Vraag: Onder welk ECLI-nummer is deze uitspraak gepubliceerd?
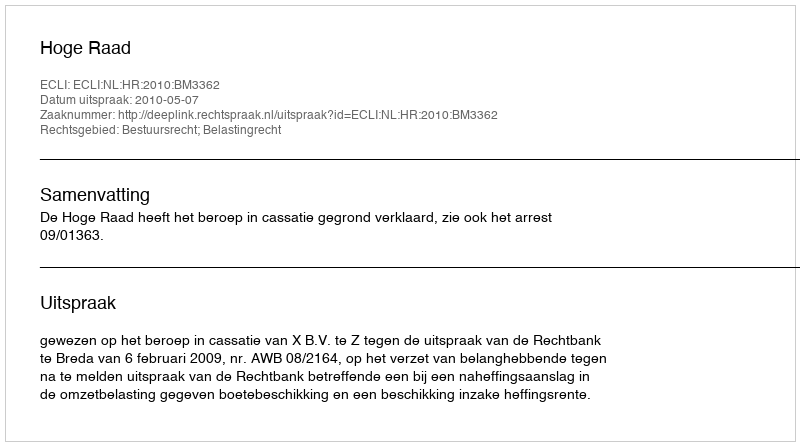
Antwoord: ECLI:NL:HR:2010:BM3362